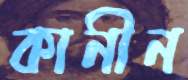
কানীন